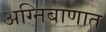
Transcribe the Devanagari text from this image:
अग्निबाणात